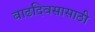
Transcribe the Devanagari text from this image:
वाढदिवसासाठी